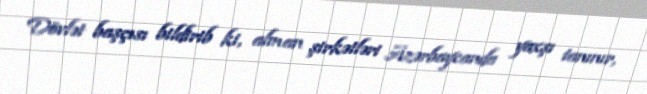
Dövlət başçısı bildirib ki, alman şirkətləri Azərbaycanda yaxşı tanınır,